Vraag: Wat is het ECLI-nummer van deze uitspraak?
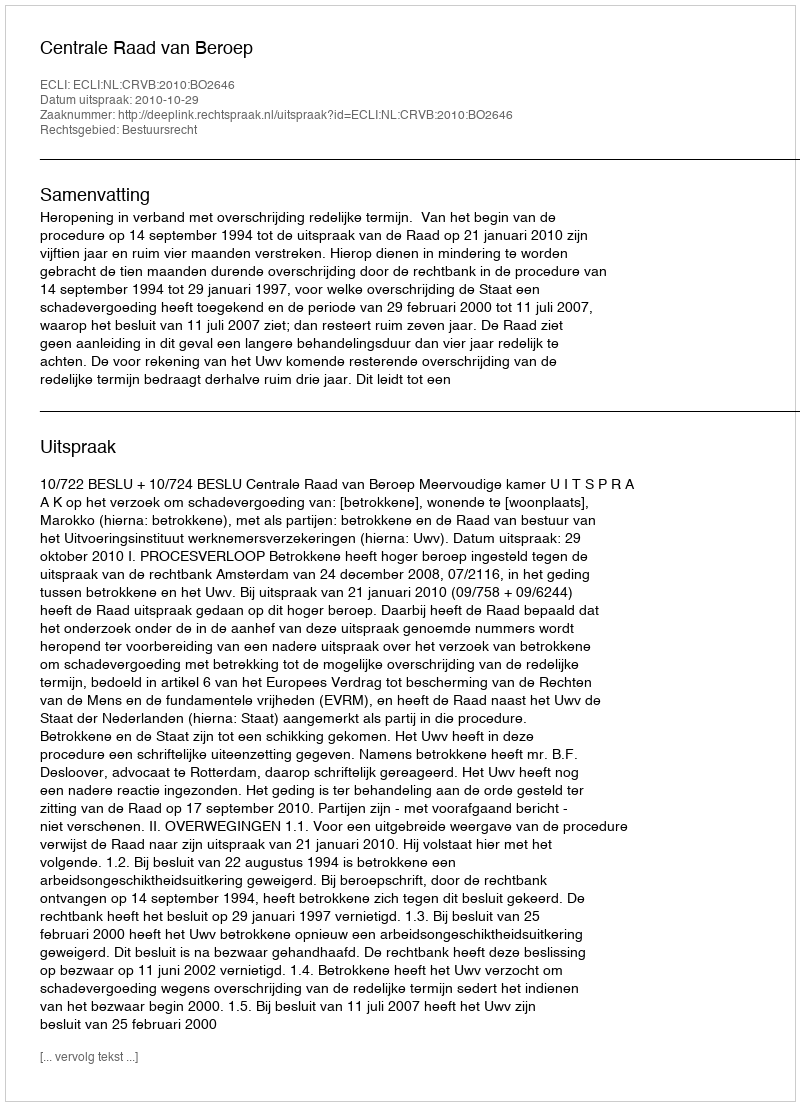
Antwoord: ECLI:NL:CRVB:2010:BO2646